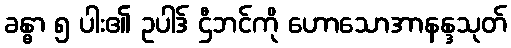
ခန္ဓာ ၅ ပါး၏ ဥပါဒ် ဌီဘင်ကို ဟောသောအာနန္ဒသုတ်